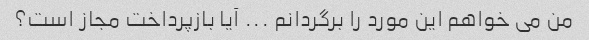
من می خواهم این مورد را برگردانم ... آیا بازپرداخت مجاز است؟